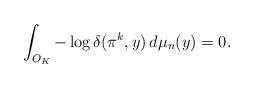
LaTeX: \begin{align*} \int_{O_K} -\log \delta(\pi^k,y)\,d\mu_n(y) = 0. \end{align*}